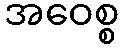
အဝေစ္စ